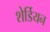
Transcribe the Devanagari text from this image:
शेर्डियन